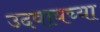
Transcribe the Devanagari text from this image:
उदवायच्या